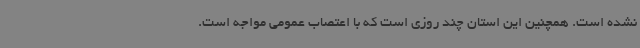
نشده است. همچنین این استان چند روزی است که با اعتصاب عمومی مواجه است.